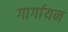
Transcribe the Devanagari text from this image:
गार्गायन